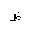
Letter: _za